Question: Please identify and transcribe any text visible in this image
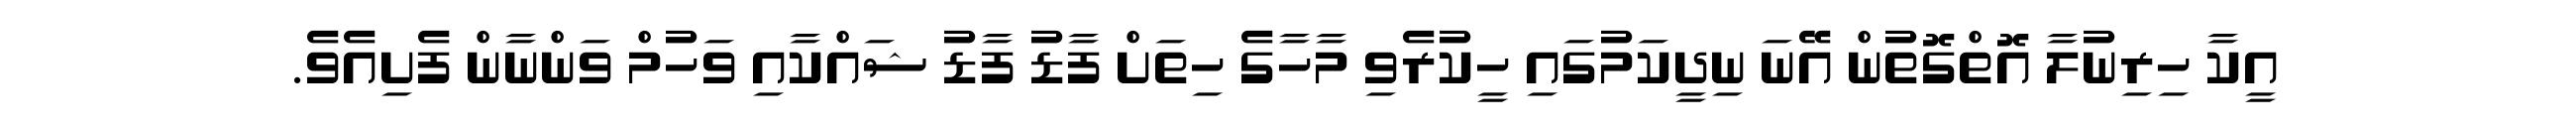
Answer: އީކާ ހިރިނުލާ އޮތްގޮތުން އޭނަ ނިދީކަމުގައި ހީކުރެވި މާހާގެ ހިތަށް ފާޑު ފާޑު ޝައްކާއި ވަހުމް ވަންނާން ފެށިއެވެ.